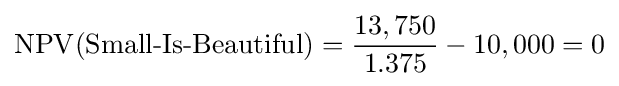
\operatorname {NPV} ({\text{Small-Is-Beautiful}})={\frac {13,750}{1.375}}-10,000=0